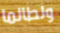
ولطالما